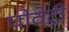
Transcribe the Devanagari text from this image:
पोवेट्री